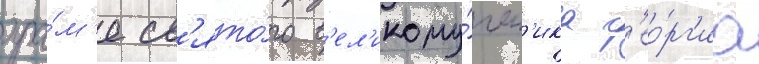
хра́м'е св'ято́го в'ел'икому́чен'ика г'ео́рг'иа